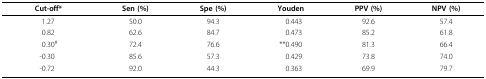
<table><thead><tr><td><b>Cut-off*</b></td><td><b>Sen (%)</b></td><td><b>Spe (%)</b></td><td><b>Youden</b></td><td><b>PPV (%)</b></td><td><b>NPV (%)</b></td></tr></thead><tbody><tr><td>1.27</td><td>50.0</td><td>94.3</td><td>0.443</td><td>92.6</td><td>57.4</td></tr><tr><td>0.82</td><td>62.6</td><td>84.7</td><td>0.473</td><td>85.2</td><td>61.8</td></tr><tr><td>0.30<sup>#</sup></td><td>72.4</td><td>76.6</td><td>**0.490</td><td>81.3</td><td>66.4</td></tr><tr><td>-0.30</td><td>85.6</td><td>57.3</td><td>0.429</td><td>73.8</td><td>74.0</td></tr><tr><td>-0.72</td><td>92.0</td><td>44.3</td><td>0.363</td><td>69.9</td><td>79.7</td></tr></tbody></table>